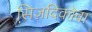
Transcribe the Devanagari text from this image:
सिज़दिकोवा